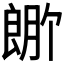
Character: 𬂆